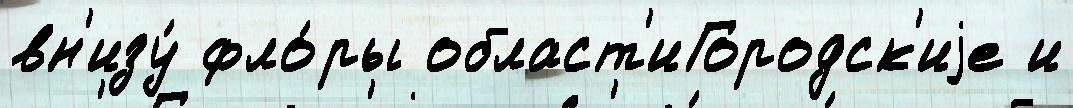
вн'изу́ фло́ры област'иГородск'иjе и